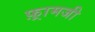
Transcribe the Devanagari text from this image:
फ़्रामजी